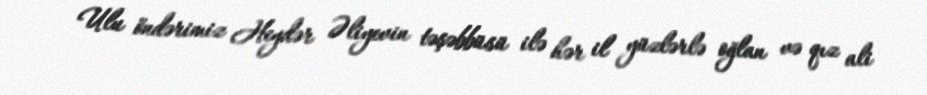
Ulu öndərimiz Heydər Əliyevin təşəbbüsü ilə hər il yüzlərlə oğlan və qız ali